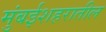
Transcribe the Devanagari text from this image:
मुंबईशहरातील